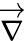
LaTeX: \overrightarrow{\nabla}